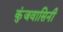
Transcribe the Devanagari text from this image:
कुंजवासिनी